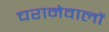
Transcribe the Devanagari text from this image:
चरानेवालों